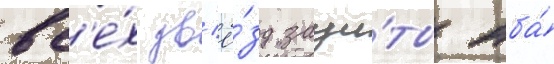
вс'е́х зв'ё́зд защи́ты нба́